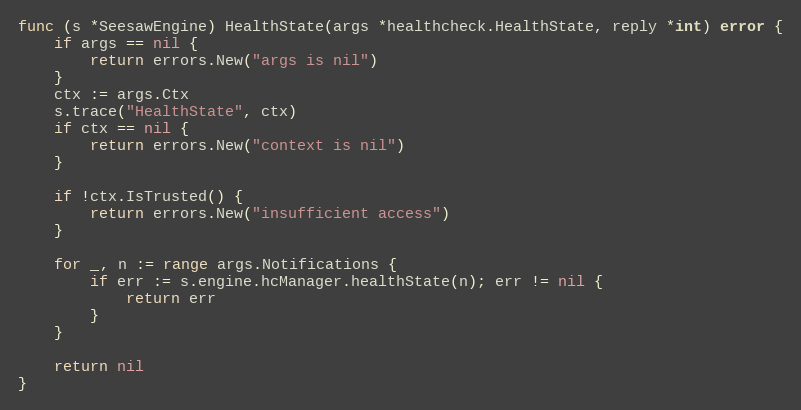
Language: Go
func (s *SeesawEngine) HealthState(args *healthcheck.HealthState, reply *int) error {
	if args == nil {
		return errors.New("args is nil")
	}
	ctx := args.Ctx
	s.trace("HealthState", ctx)
	if ctx == nil {
		return errors.New("context is nil")
	}

	if !ctx.IsTrusted() {
		return errors.New("insufficient access")
	}

	for _, n := range args.Notifications {
		if err := s.engine.hcManager.healthState(n); err != nil {
			return err
		}
	}

	return nil
}